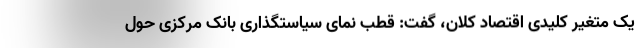
یک متغیر کلیدی اقتصاد کلان، گفت: قطب نمای سیاستگذاری بانک مرکزی حول